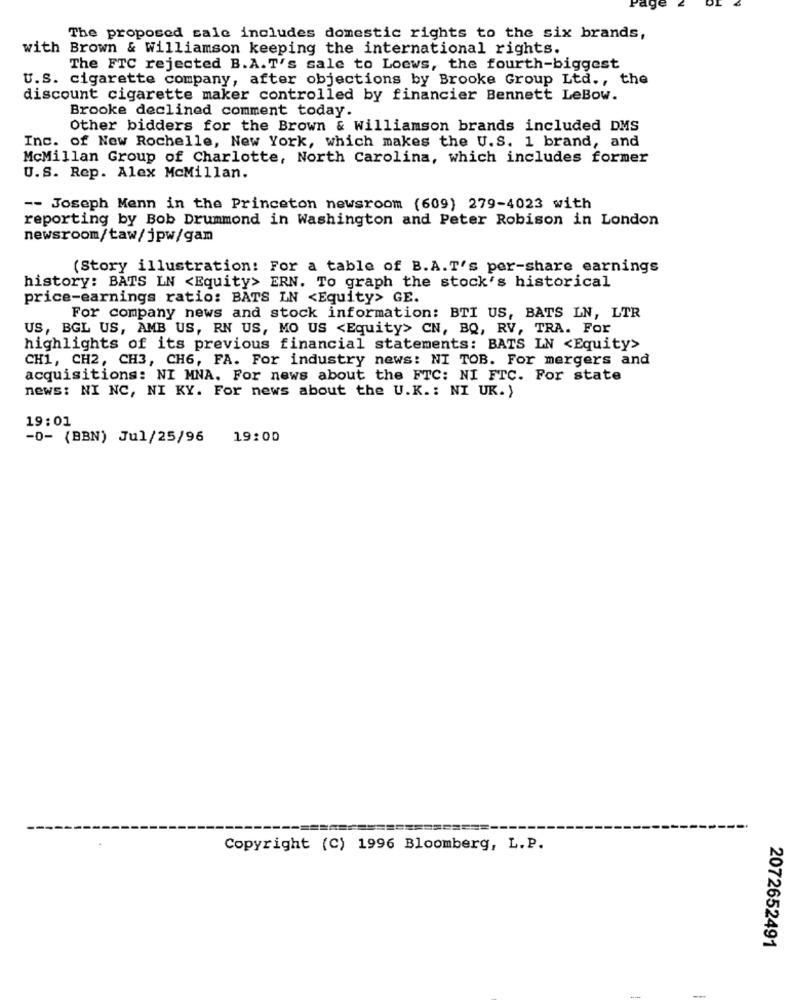
The proposed sale includes domestic rights to the six brands,
with Brown & Williamson keeping the international rights.
The FTC rejected B.A.T's sale to Loews, the fourth-biggest
U.S. cigarette company, after objections by Brooke Group Ltd ., the
discount cigarette maker controlled by financier Bennett LeBow.
Brooke declined comment today.
Other bidders for the Brown & Williamson brands included DMS
Inc. of New Rochelle, New York, which makes the U.S. 1 brand, and
McMillan Group of Charlotte, North Carolina, which includes former
U.S. Rep. Alex McMillan.
-- Joseph Menn in the Princeton newsroom (609) 279-4023 with
reporting by Bob Drummond in Washington and Peter Robison in London
newsroom/taw/jpw/gam
(Story illustration: For a table of B.A.T's per-share earnings
history: BATS LN <Equity> ERN. To graph the stock's historical
price-earnings ratio: BATS IN <Equity> GE.
For company news and stock information: BTI US, BATS LN, LTR
US, BGL US, AMB US, RN US, MO US <Equity> CN, BQ, RV, TRA. For
highlights of its previous financial statements: BATS LN <Equity>
CH1, CH2, CH3, CH6, FA. For industry news: NI TOB. For mergers and
acquisitions: NI MNA. For news about the FTC: NI FTC. For state
news: NI NC, NI KY. For news about the U.K .: NI UK.)
19:01
-0- (BBN) Jul/25/96
19:00
Copyright (C) 1996 Bloomberg, L.P.
2072652491